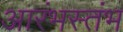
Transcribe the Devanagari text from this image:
आरंभस्तंभ